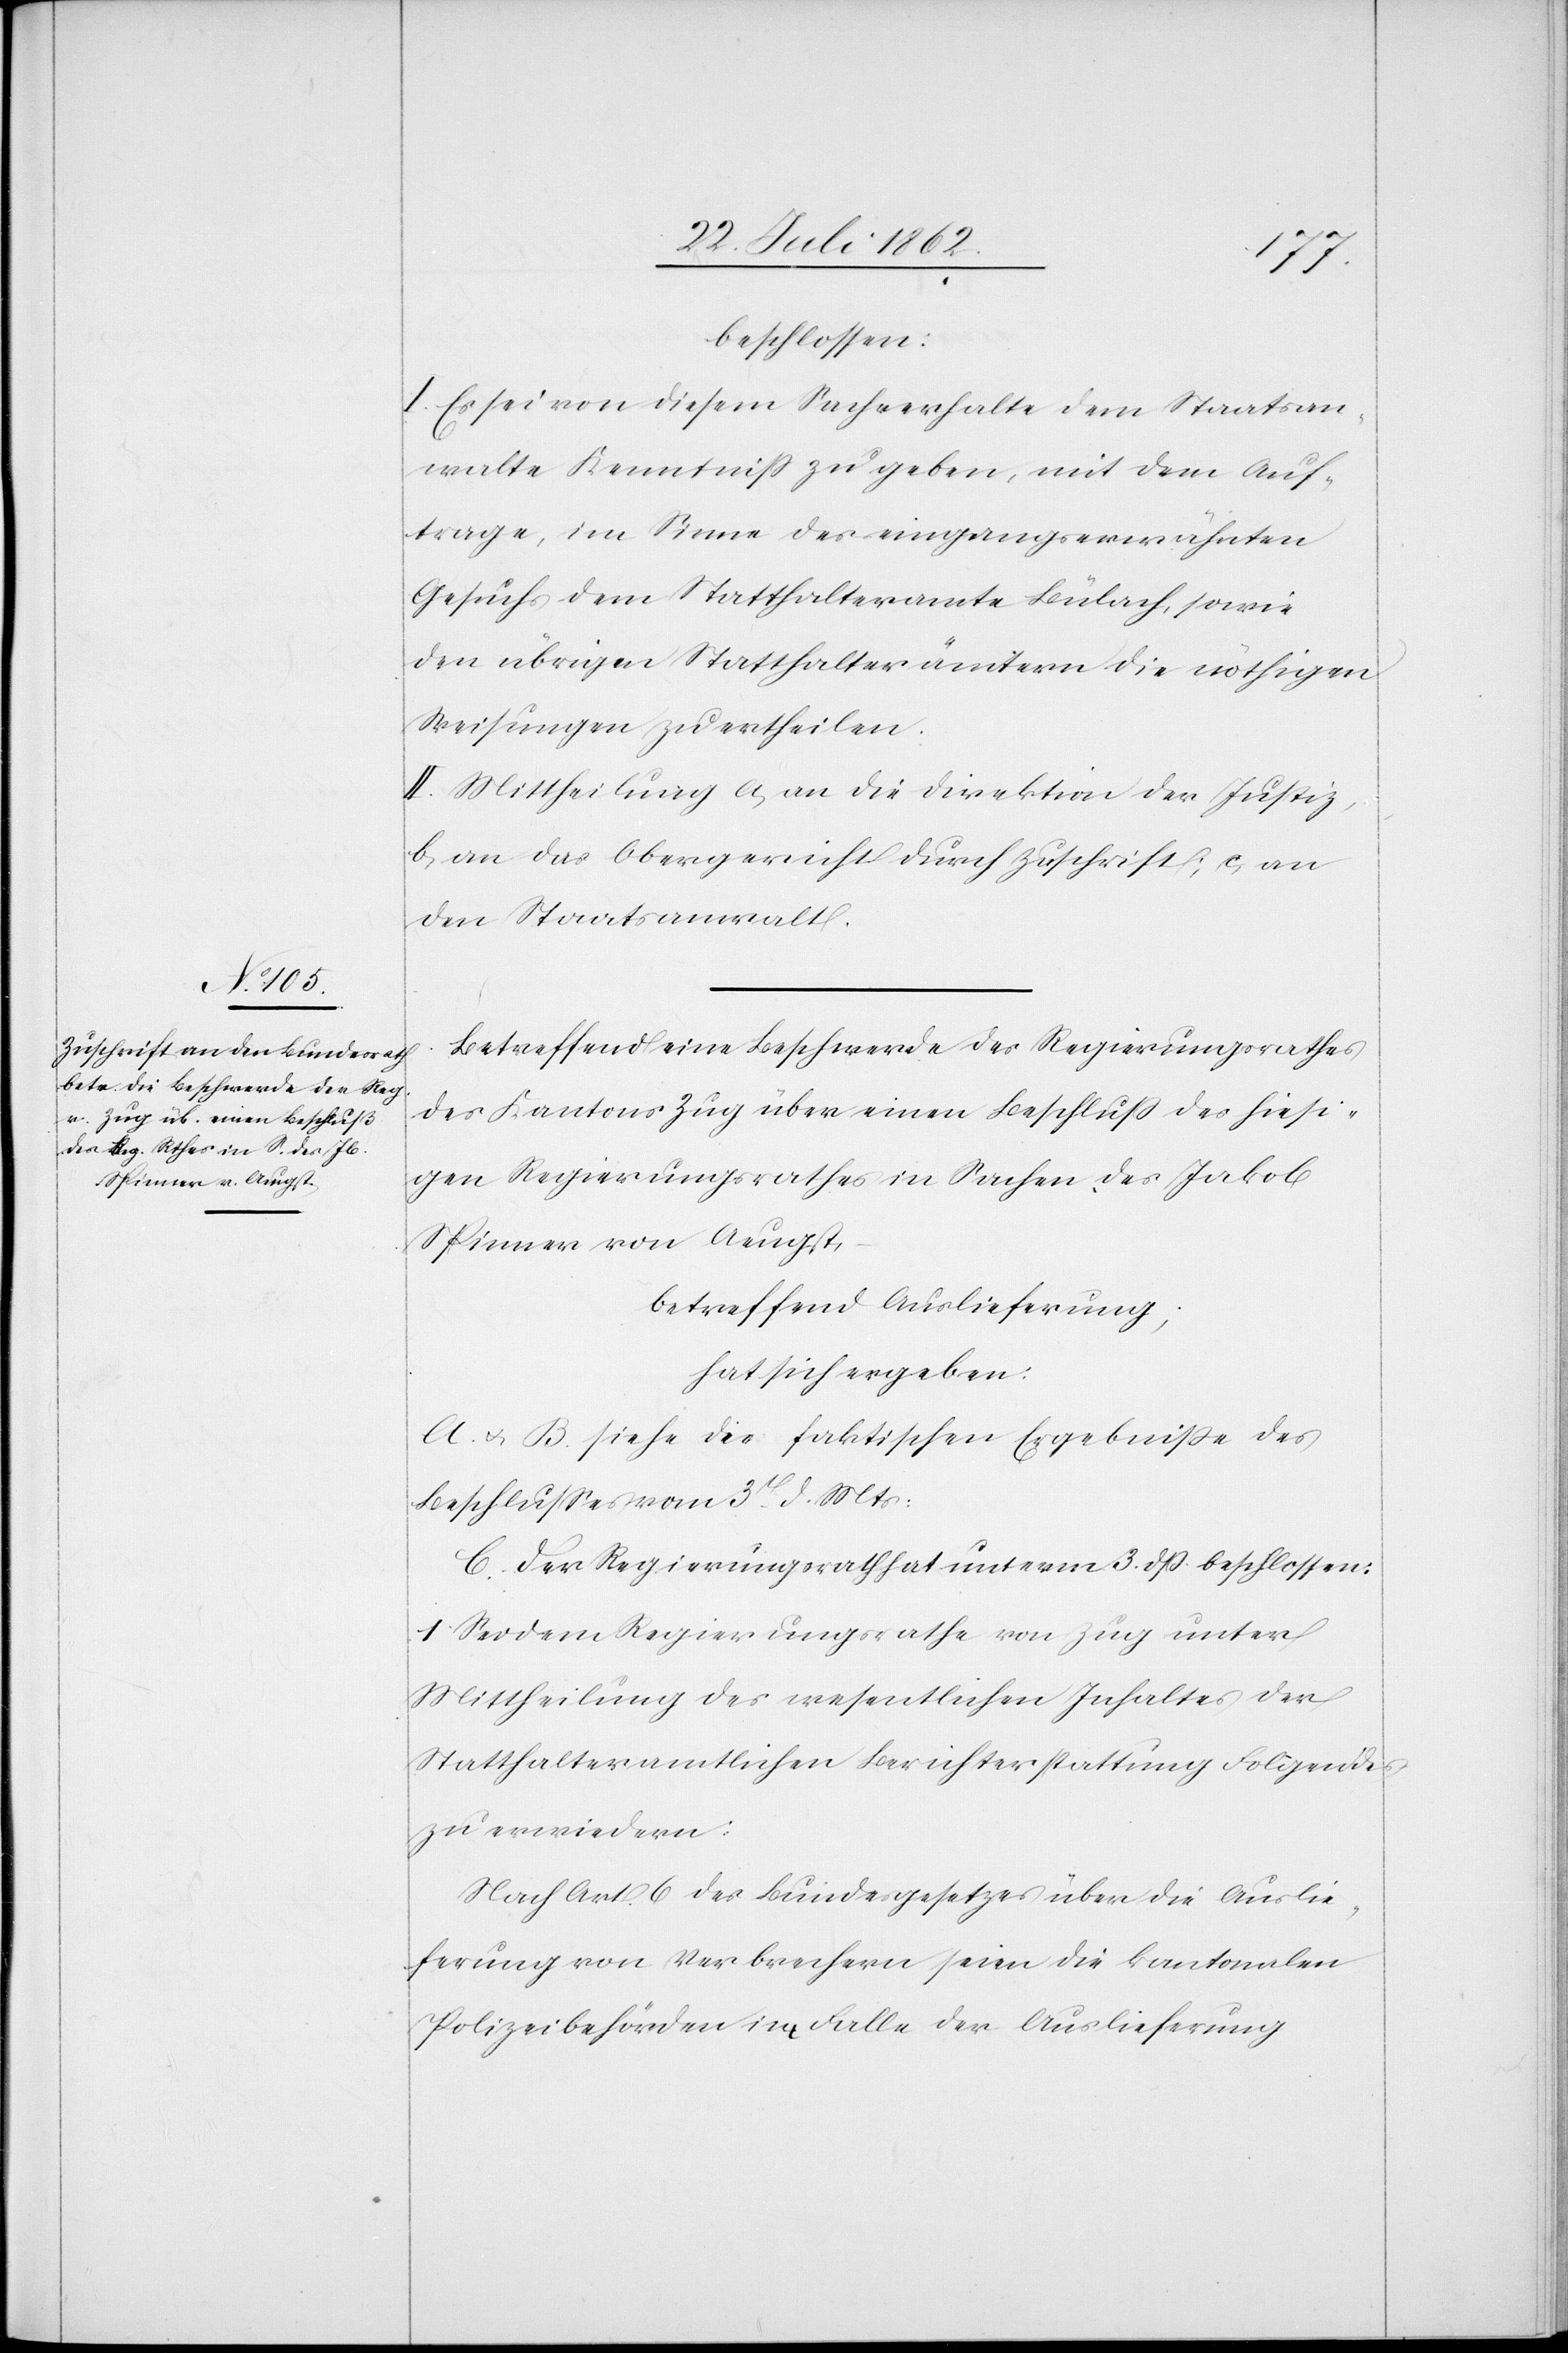
beschlossen:
I. Es sei von diesem Sachverhalte dem Staatsan¬
walte Kenntniß zu geben, mit dem Auf¬
trage, im Sinne des eingangserwähnten
Gesuchs dem Statthalteramte Bülach, sowie
den übrigen Statthalterämtern die nöthigen
Weisungen zu ertheilen.
II. Mittheilung a. an die Direktion der Justiz,
b. an das Obergericht durch Zuschrift, c. an
den Staatsanwalt.
Betreffend eine Beschwerde des Regierungsrathes
des Kantons Zug über einen Beschluß des hiesi¬
gen Regierungsrathes in Sachen des Jakob
Spinner von Aeugst,
betreffend Auslieferung,
hat sich ergeben:
A. u. B. siehe die faktischen Ergebnisse des
Beschlusses vom 3t d. Mts.
C. Der Regierungsrath hat unterm 3. dß. beschlossen:
1. Sei dem Regierungsrathe von Zug unter
Mittheilung des wesentlichen Inhaltes der
Statthalteramtlichen Berichterstattung Folgendes
zu erwiedern:
Nach Art. 6 des Bundesgesetzes über die Auslie¬
ferung von Verbrechern seien die kantonalen
Polizeibehörden im Falle der Auslieferung